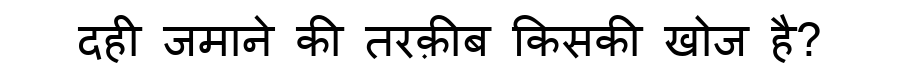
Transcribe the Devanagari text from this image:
दही जमाने की तरक़ीब किसकी खोज है?